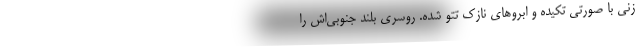
زنی با صورتی تکیده و ابروهای نازک تتو شده. روسری بلند جنوبی‌اش را